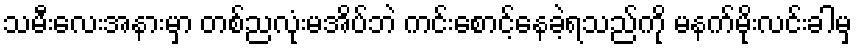
သမီးလေးအနားမှာ တစ်ညလုံးမအိပ်ဘဲ ကင်းစောင့်နေခဲ့ရသည်ကို မနက်မိုးလင်းခါမှ